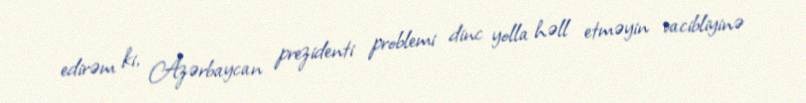
edirəm ki, Azərbaycan prezidenti problemi dinc yolla həll etməyin vacibliyinə